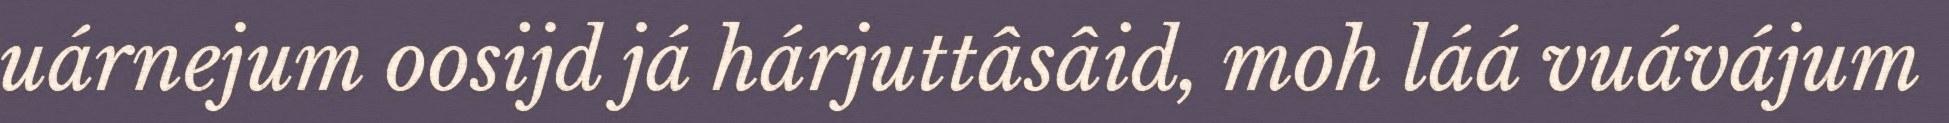
uárnejum oosijd já hárjuttâsâid, moh láá vuávájum